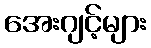
အေးဂျင့်များ